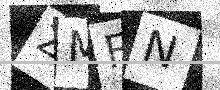
Text: ZMFN